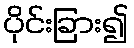
ပိုင်းခြား၍